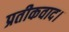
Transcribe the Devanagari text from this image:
प्रतीकवाद।